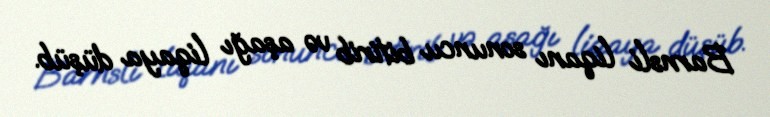
Barnsli liqanı sonuncu bitirib və aşağı liqaya düşüb.